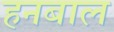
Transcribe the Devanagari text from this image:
हनबाल